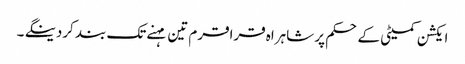
ایکشن کمیٹی کے حکم پر شاہراہ قراقرم تین مہنے تک بند کردینگے ۔